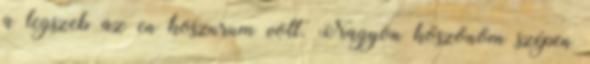
a legszeb az en koszurum volt. Nagyon köszönöm szépen